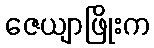
ဇေယျာဖြိုးက